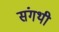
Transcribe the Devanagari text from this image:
संगथी